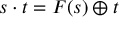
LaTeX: s \cdot t = F ( s ) \oplus t